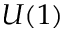
U ( 1 )